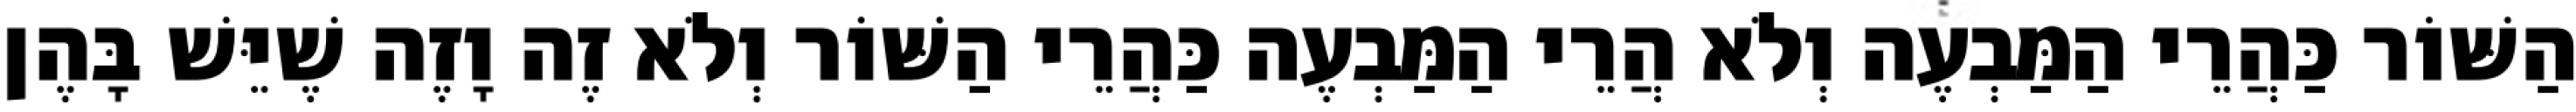
הַשּׁוֹר כַּהֲרֵי הַמַּבְעֶה וְלֹא הֲרֵי הַמַּבְעֶה כַּהֲרֵי הַשּׁוֹר וְלֹא זֶה וָזֶה שֶׁיֵּשׁ בָּהֶן